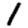
Digit: 1